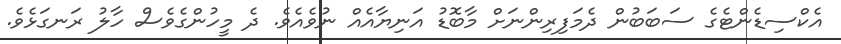
އެކްސިޑެންޓެގެ ސަބަބުން ދެމަފިރިންނަށް މާބޮޑު އަނިޔާއެއް ނުވެއެވެ. ދެ މީހުންގެވެސް ހާލު ރަނގަޅެވެ.